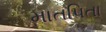
માતપિતા